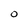
Character: O